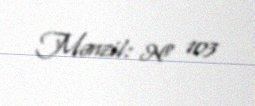
Mənzil: № 103